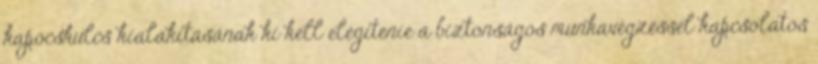
kapocskulcs kialakításának ki kell elégítenie a biztonságos munkavégzéssel kapcsolatos